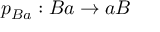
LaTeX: p _ { B a } : B a \rightarrow a B